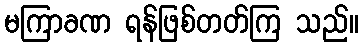
မကြာခဏ ရန်ဖြစ်တတ်ကြ သည်။